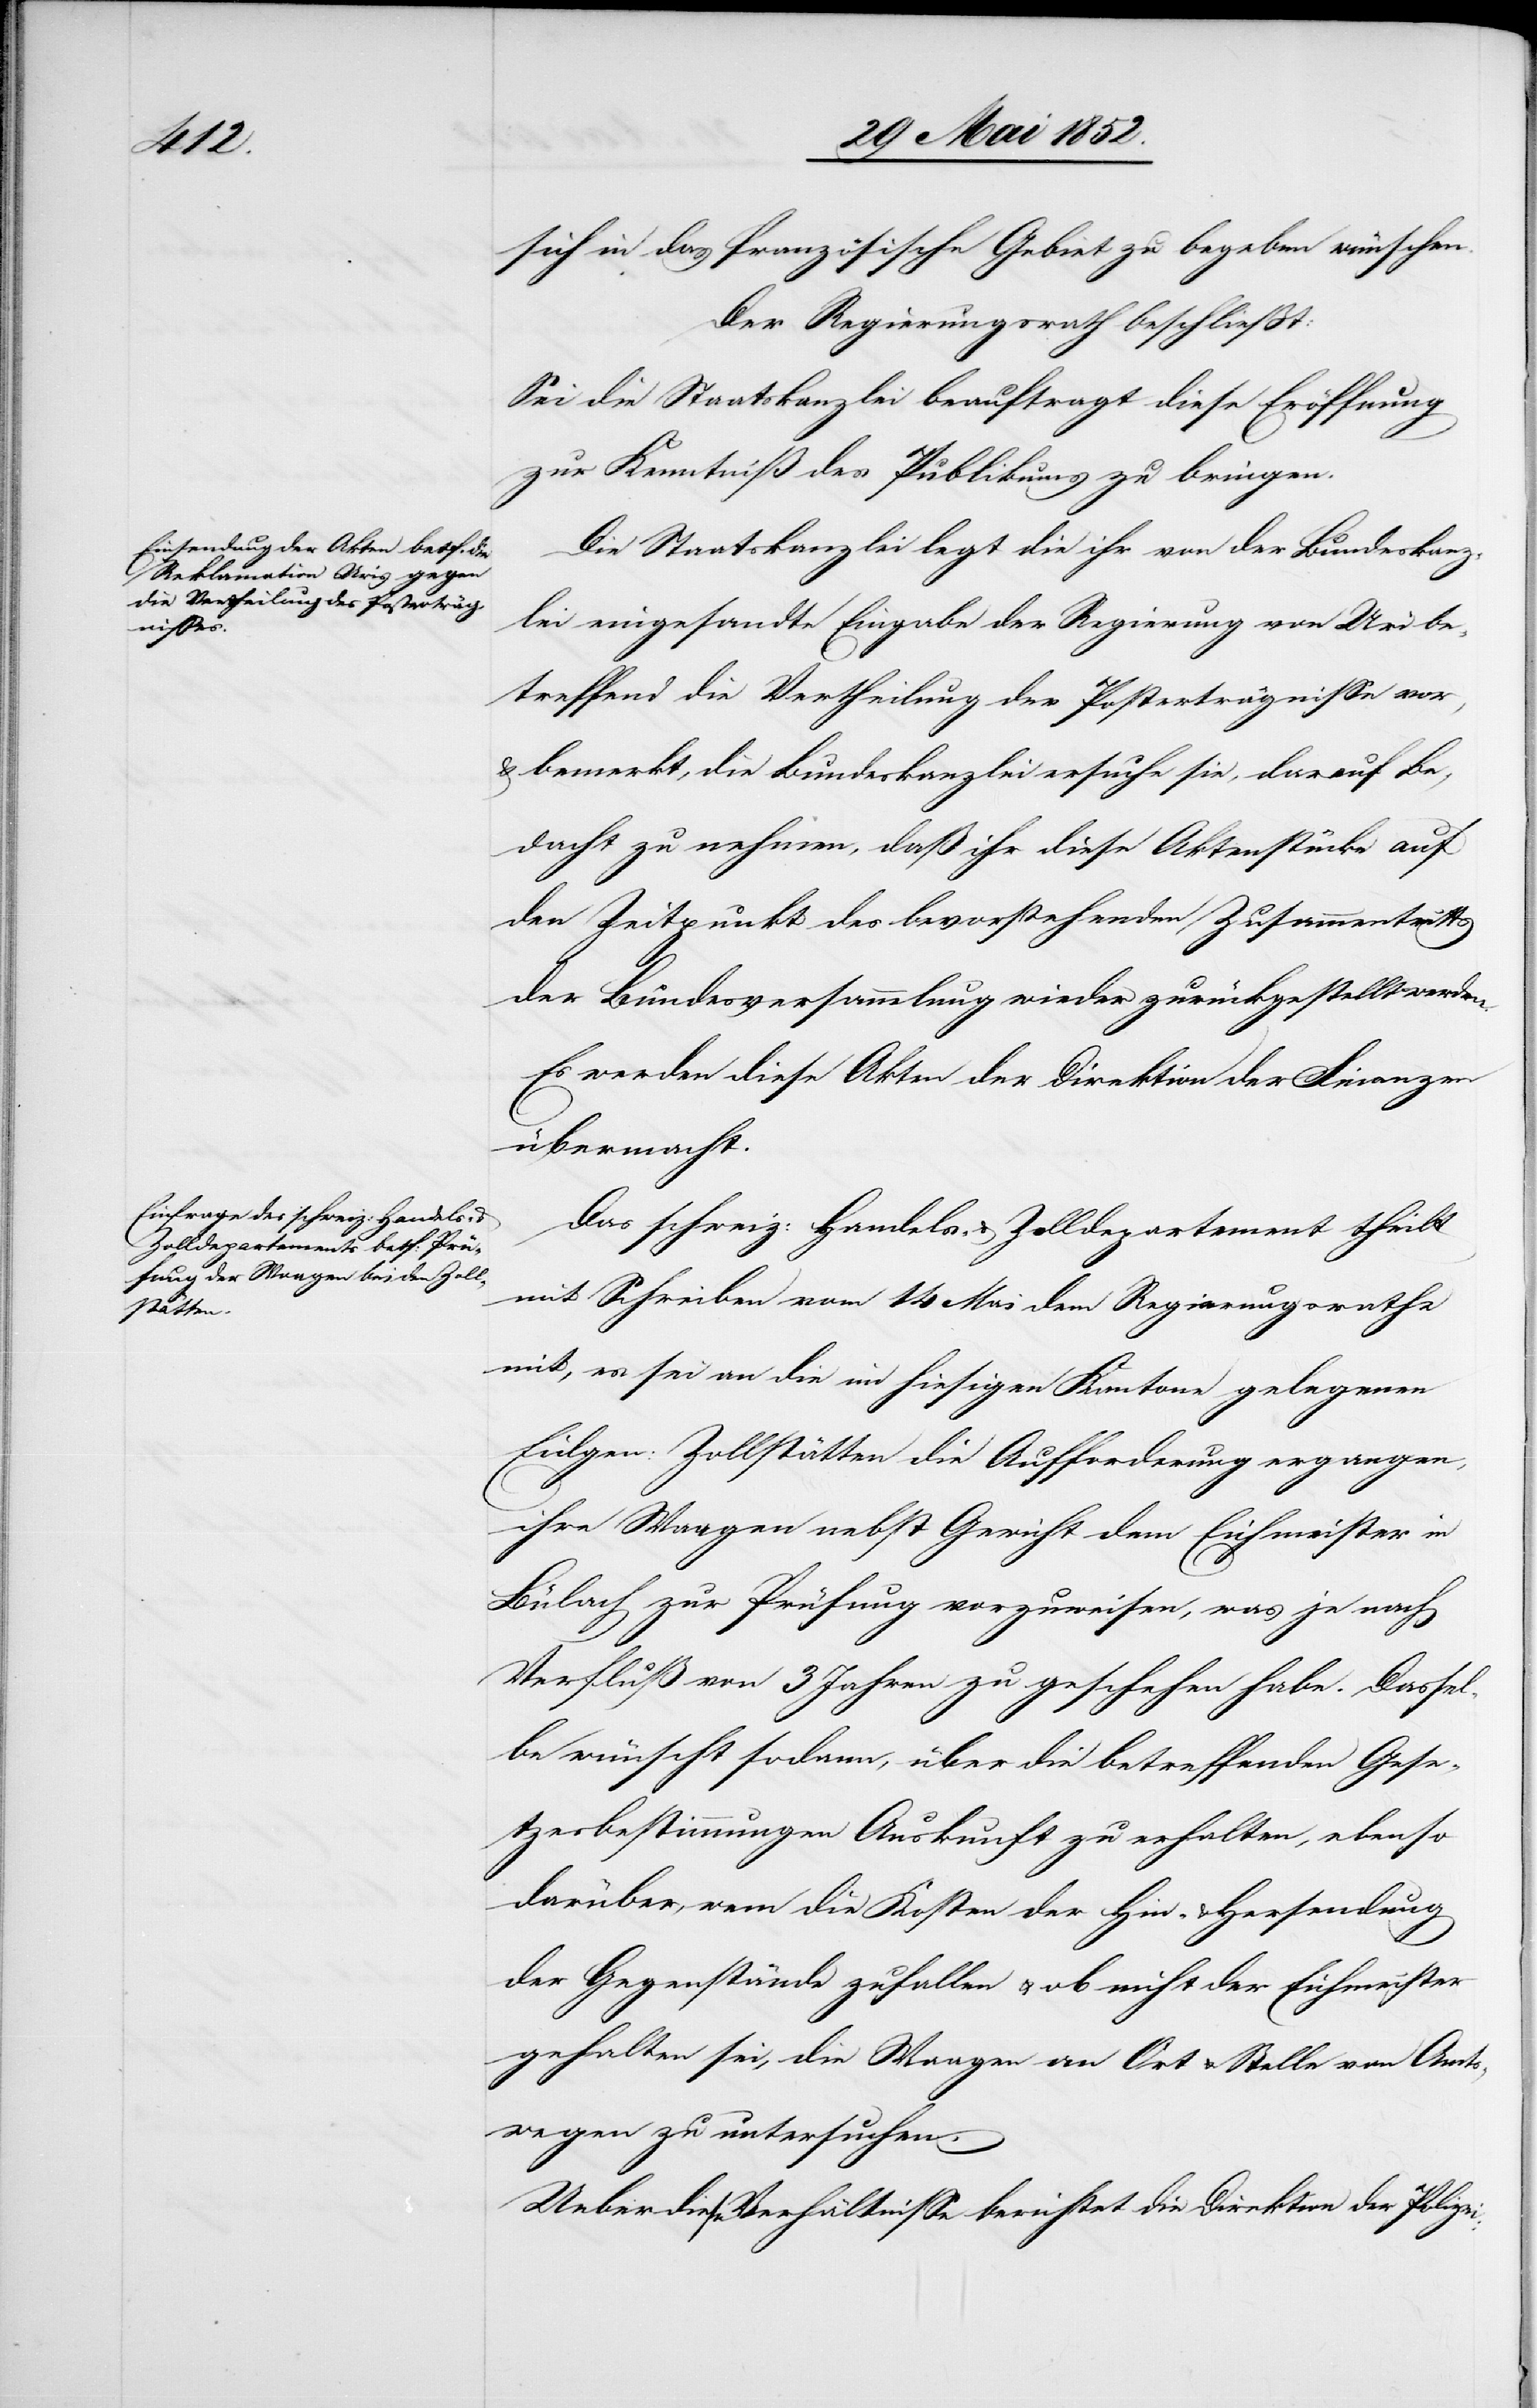
sich in das französische Gebiet zu begeben wünschen.
Der Regierungsrath beschliesst:
Sei die Staatskanzlei beauftragt diese Eröffnung
zur Kenntniß des Publikums zu bringen.
Die Staatskanzlei legt die ihr von der Bundeskanz¬
lei eingesandte Eingabe der Regierung von Uri be¬
treffend die Vertheilung der Posterträgnisse vor,
& bemerkt, die Bundeskanzlei ersuche sie, darauf Be¬
dacht zu nehmen, daß ihr diese Aktenstücke auf
den Zeitpunkt des bevorstehenden Zusammentritts
der Bundesversammlung wieder zurückgestellt werden.
Es werden diese Akten der Direktion der Finanzen
übermacht.
Das schweiz: Handels- & Zolldepartement theilt
mit Schreiben vom 14 Mai dem Regierungsrathe
mit, es sei an die im hiesigen Kantone gelegenen
Eidgen: Zollstätten die Aufforderung ergangen,
ihre Waagen nebst Gewicht dem Eichmeister in
Bülach zur Prüfung vorzuweisen, was je nach
Verfluß von 3 Jahren zu geschehen habe. Dassel¬
be wünscht sodann, über die betreffenden Gese¬
tzesbestimmungen Auskunft zu erhalten, ebenso
darüber, wem die Kosten der Hin- & Hersendung
der Gegenstände zufallen & ob nicht der Eichmeister
gehalten sei, die Waagen an Ort & Stelle von Amts¬
wegen zu untersuchen.
Ueber diese Verhältnisse berichtet die Direktion der Polizei: